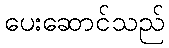
ပေးဆောင်သည်